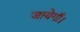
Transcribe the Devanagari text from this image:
जायेगाँ।